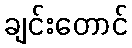
ချင်းတောင်